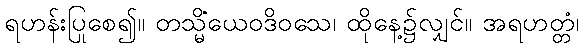
ရဟန်းပြုစေ၍။ တသ္မိံယေဝဒိဝသေ၊ ထိုနေ့၌လျှင်။ အရဟတ္တံ၊